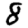
Digit: 8